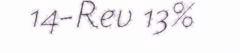
14-Rev 13%